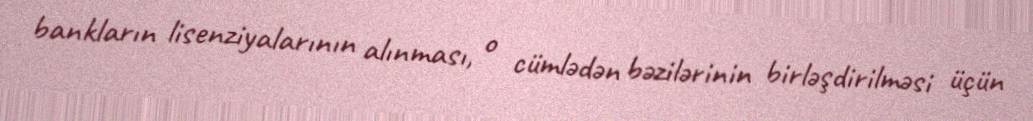
bankların lisenziyalarının alınması, o cümlədən bəzilərinin birləşdirilməsi üçün